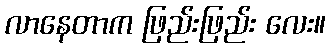
လာနေတာက ဖြည်းဖြည်း လေး။